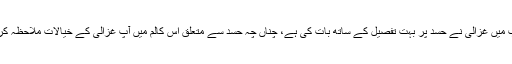
اس کتاب میں غزالی نے حسد پر بہت تفصیل کے ساتھ بات کی ہے، چناں چہ حسد سے متعلق اس کالم میں آپ غزالی کے خیالات ملاحظہ کریں گے۔